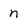
Character: n